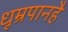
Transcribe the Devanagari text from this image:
धूम्रपानहै